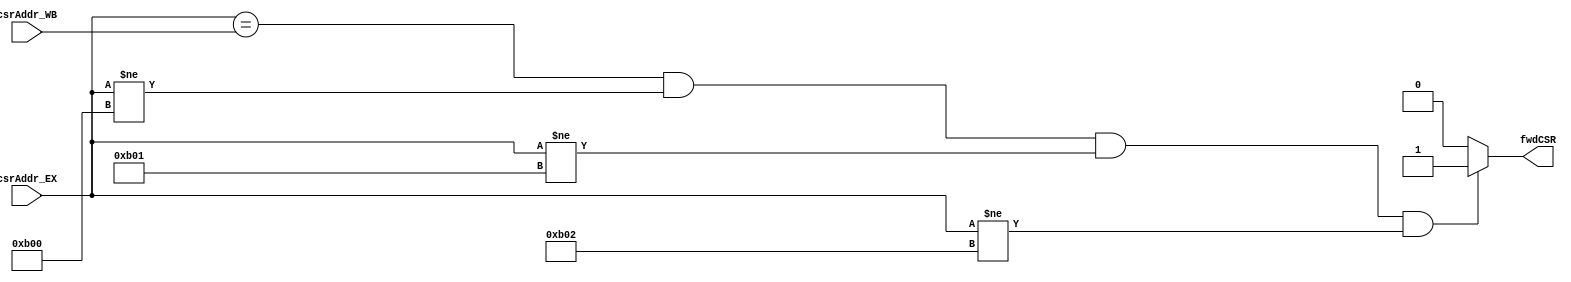
/*********************************************************
 *
 *  Module: csrFwdUnit.v
 *  Project: Hunter_RV32
 *  Description: Forwarding unit for CSR instructions
 *
 *********************************************************/
`timescale 1ns / 1ns

module csrFwdUnit(csrAddr_EX, csrAddr_WB, fwdCSR);
    input [11:0] csrAddr_EX;
    input [11:0] csrAddr_WB;
    output reg   fwdCSR;
    
    always @ (*) begin
        if ((csrAddr_EX == csrAddr_WB) && (csrAddr_EX != 12'hb00) && (csrAddr_EX != 12'hb01) && (csrAddr_EX != 12'hb02))
            fwdCSR = 1'b1;
        else
            fwdCSR = 1'b0;
    end
    
endmodule